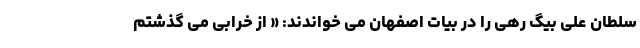
سلطان علی بیگ رهی را در بیات اصفهان می خواندند: « از خرابی می گذشتم